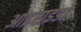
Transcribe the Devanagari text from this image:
आइराइडो